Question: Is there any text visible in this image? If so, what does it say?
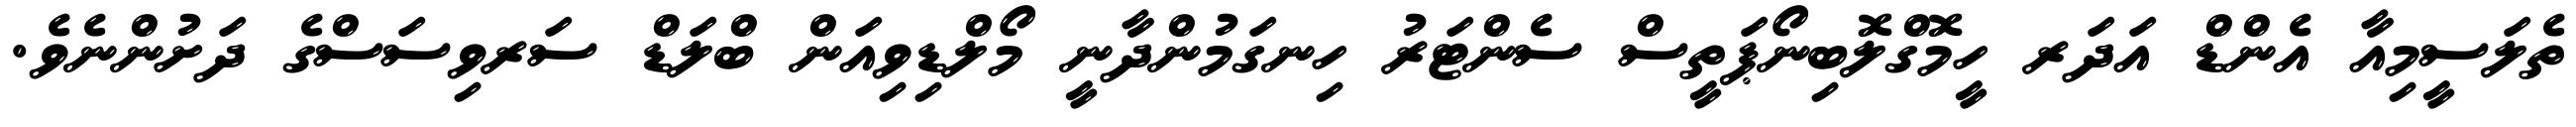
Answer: ތެލަސީމިއާ އެންޑް އަދަރ ހީމޮގްލޮބިނޯޕަތީސް ސެންޓަރު ހިނގަމުންދާނީ މޯލްޑިވިއަން ބްލަޑް ސަރވިސަސްގެ ދަށުންނެވެ.